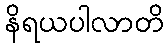
နိရယပါလာတိ